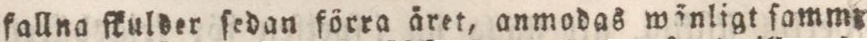
fallna ſkulder ſedan förra året, anmodas wänligt ſamm